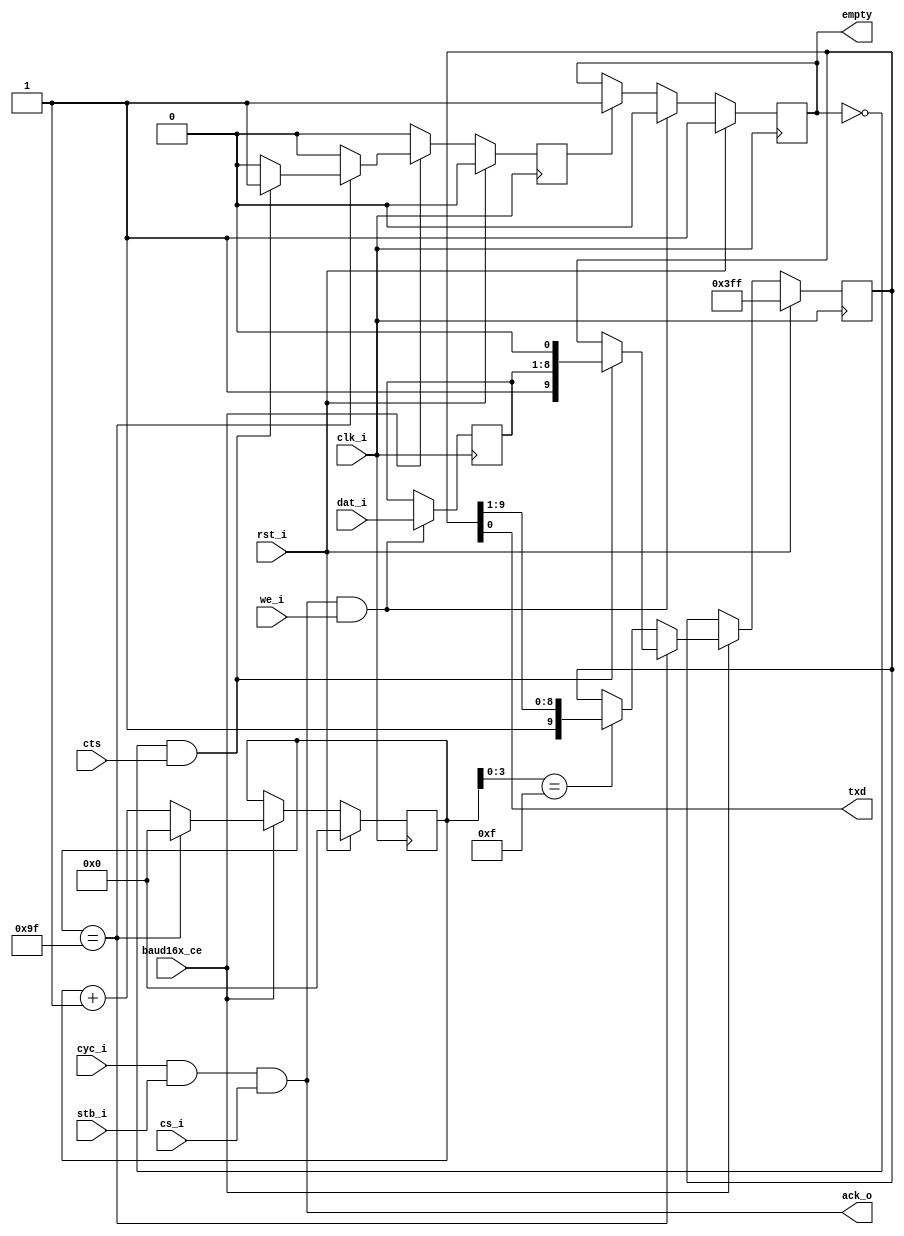
/* ============================================================================
	2011  Robert Finch
	robfinch@<remove>sympatico.ca

	rtfSimpleUartTx.v

    This source code is available for evaluation and validation purposes
    only. This copyright statement and disclaimer must remain present in
    the file.


	NO WARRANTY.
    THIS Work, IS PROVIDEDED "AS IS" WITH NO WARRANTIES OF ANY KIND, WHETHER
    EXPRESS OR IMPLIED. The user must assume the entire risk of using the
    Work.

    IN NO EVENT SHALL THE AUTHOR OR CONTRIBUTORS BE LIABLE FOR ANY
    INCIDENTAL, CONSEQUENTIAL, OR PUNITIVE DAMAGES WHATSOEVER RELATING TO
    THE USE OF THIS WORK, OR YOUR RELATIONSHIP WITH THE AUTHOR.

    IN ADDITION, IN NO EVENT DOES THE AUTHOR AUTHORIZE YOU TO USE THE WORK
    IN APPLICATIONS OR SYSTEMS WHERE THE WORK'S FAILURE TO PERFORM CAN
    REASONABLY BE EXPECTED TO RESULT IN A SIGNIFICANT PHYSICAL INJURY, OR IN
    LOSS OF LIFE. ANY SUCH USE BY YOU IS ENTIRELY AT YOUR OWN RISK, AND YOU
    AGREE TO HOLD THE AUTHOR AND CONTRIBUTORS HARMLESS FROM ANY CLAIMS OR
    LOSSES RELATING TO SUCH UNAUTHORIZED USE.


		Simple uart transmitter core.
		Features:
			Fixed format 1 start - 8 data - 1 stop bits


   	+- - - - - - - - - - - - - - - - - - - - - - - - - - - - - - - - - -
	|WISHBONE Datasheet
	|WISHBONE SoC Architecture Specification, Revision B.3
	|
	|Description:						Specifications:
	+- - - - - - - - - - - - - - - - - - - - - - - - - - - - - - - - - -
	|General Description:				simple serial UART transmitter
	+- - - - - - - - - - - - - - - - - - - - - - - - - - - - - - - - - -
	|Supported Cycles:					SLAVE,WRITE
	|									SLAVE,BLOCK WRITE
	+- - - - - - - - - - - - - - - - - - - - - - - - - - - - - - - - - -
	|Data port, size:					8 bit
	|Data port, granularity:			8 bit
	|Data port, maximum operand size:	8 bit
	|Data transfer ordering:			Undefined
	|Data transfer sequencing:			Undefined
	+- - - - - - - - - - - - - - - - - - - - - - - - - - - - - - - - - -
	|Clock frequency constraints:		none
	+- - - - - - - - - - - - - - - - - - - - - - - - - - - - - - - - - -
	|Supported signal list and			Signal Name		WISHBONE equiv.
	|cross reference to equivalent		ack_o			ACK_O
	|WISHBONE signals					
	|									clk_i			CLK_I
	|                                   rst_i           RST_I 
	|									dat_i[7:0]		DAT_I()
	|									cyc_i			CYC_I
	|									stb_i			STB_I
	|									we_i			WE_I
	|
	+- - - - - - - - - - - - - - - - - - - - - - - - - - - - - - - - - -
	|Special requirements:
	+- - - - - - - - - - - - - - - - - - - - - - - - - - - - - - - - - -


	REF: Spartan3 - 4
	30 LUTs / 23 slices / 165MHz
============================================================================ */

module rtfSimpleUartTx(
	// WISHBONE SoC bus interface
	input rst_i,		// reset
	input clk_i,		// clock
	input cyc_i,		// cycle valid
	input stb_i,		// strobe
	output ack_o,		// transfer done
	input we_i,			// write transmitter
	input [7:0] dat_i,	// data in
	//--------------------
	input cs_i,			// chip select
	input baud16x_ce,	// baud rate clock enable
	input cts,			// clear to send
	output txd,			// external serial output
	output reg empty	// buffer is empty
);

reg [9:0] tx_data;	// transmit data working reg (raw)
reg [7:0] fdo;		// data output
reg [7:0] cnt;		// baud clock counter
reg rd;

assign ack_o = cyc_i & stb_i & cs_i;
assign txd = tx_data[0];

always @(posedge clk_i)
	if (ack_o & we_i) fdo <= dat_i;

// set full / empty status
always @(posedge clk_i)
	if (rst_i) empty <= 1;
	else begin
	if (ack_o & we_i) empty <= 0;
	else if (rd) empty <= 1;
	end


always @(posedge clk_i)
	if (rst_i) begin
		cnt <= 8'h00;
		rd <= 0;
		tx_data <= 10'h3FF;
	end
	else begin

		rd <= 0;

		if (baud16x_ce) begin

			cnt <= cnt + 1;
			// Load next data ?
			if (cnt==8'h9F) begin
				cnt <= 0;
				if (!empty && cts) begin
					tx_data <= {1'b1,fdo,1'b0};
					rd <= 1;
				end
			end
			// Shift the data out. LSB first.
			else if (cnt[3:0]==4'hF)
				tx_data <= {1'b1,tx_data[9:1]};

		end
	end

endmodule